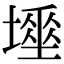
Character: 𡑊